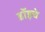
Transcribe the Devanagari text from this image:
डॉइचे